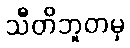
သီတိဘူတမှ